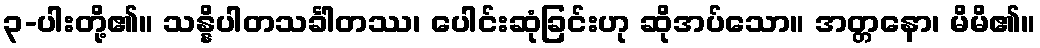
၃-ပါးတို့၏။ သန္နိပါတသင်္ခါတဿ၊ ပေါင်းဆုံခြင်းဟု ဆိုအပ်သော။ အတ္တနော၊ မိမိ၏။